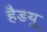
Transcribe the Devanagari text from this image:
हैडयू